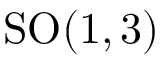
\mathrm { S O } ( 1 , 3 )